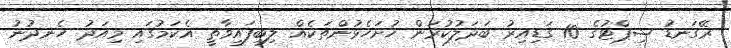
ރޭގަނޑު ޝިޕްޓުގެ 10 ގަޑިއިރު ބަދަލުކުރަން ހުށަހެޅުންތަކެއް ލިބިފައިވާތީ އެކަމުގައި މިއަދު ހެނދުނު